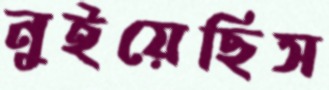
নুইয়েছিস